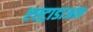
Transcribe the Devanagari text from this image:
एस्ट्राडाअल